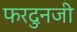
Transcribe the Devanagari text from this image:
फरदुनजी